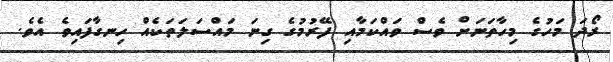
ރޯދަ މަހުގެ މިހާތަނަށް ވެސް ވައްކަމާއި ފޭރުމުގެ ގިނަ މައްސަލަތަކެއް ހިނގާފައިވެ އެވެ.